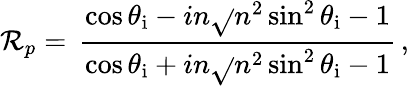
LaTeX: \mathcal{R}_{p}=\, {\frac{{\cos\theta_{\mathrm{{i}}}-in{\sqrt{}{{n^{2}\sin^{2}\theta_{\mathrm{{i}}}-1}}}}}{{\cos\theta_{\mathrm{{i}}}+in{\sqrt{}{{n^{2}\sin^{2}\theta_{\mathrm{{i}}}-1}}}}}}\, ,